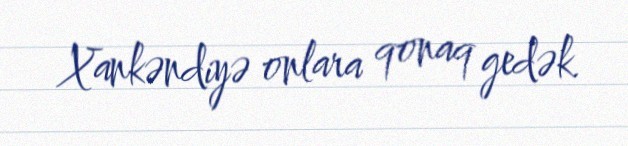
Xankəndiyə onlara qonaq gedək.